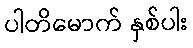
ပါတိမောက် နှစ်ပါး